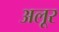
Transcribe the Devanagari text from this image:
अलूर